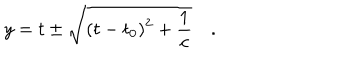
y = t \pm \sqrt { ( t - t _ { 0 } ) ^ { 2 } + \frac { 1 } { c } } \quad .